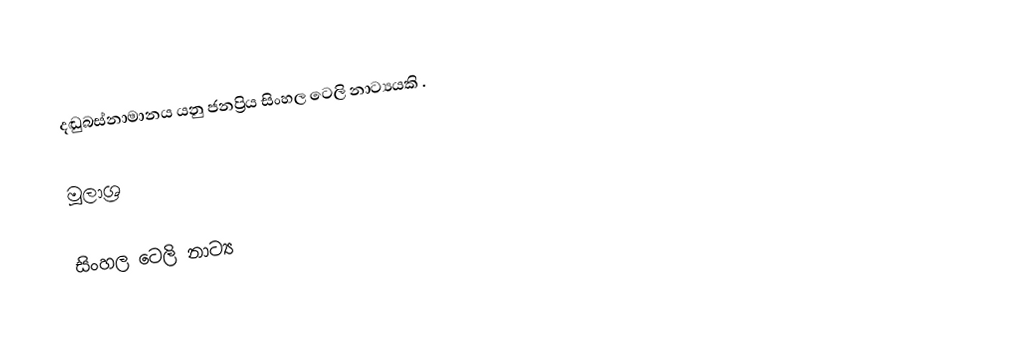
දඬුබස්නාමානය යනු ජනප්‍රිය සිංහල ටෙලි නාට්‍යයකි .

මූලාශ්‍ර

සිංහල ටෙලි නාට්‍ය